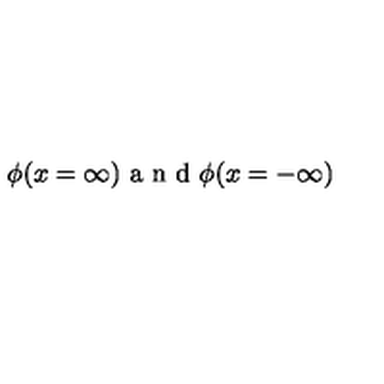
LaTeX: \phi ( x = \infty ) \textrm { a n d } \phi ( x = - \infty )